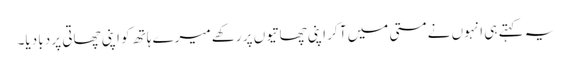
یہ کہتے ہی انہوں نے مستی میں آ کر اپنی چھاتیوں پر رکھے میرے ہاتھ کو اپنی چھاتی پر دبا دیا۔